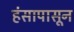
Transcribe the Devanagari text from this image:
हंसापासून